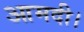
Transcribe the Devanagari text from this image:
आमदी।